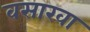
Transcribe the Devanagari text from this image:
वसाखा